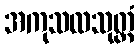
အကုသလသုတ္တံ